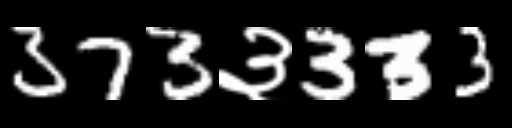
Text: 373३333